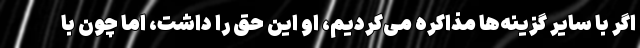
اگر با سایر گزینه‌ها مذاکره می‌کردیم، او این حق را داشت، اما چون با